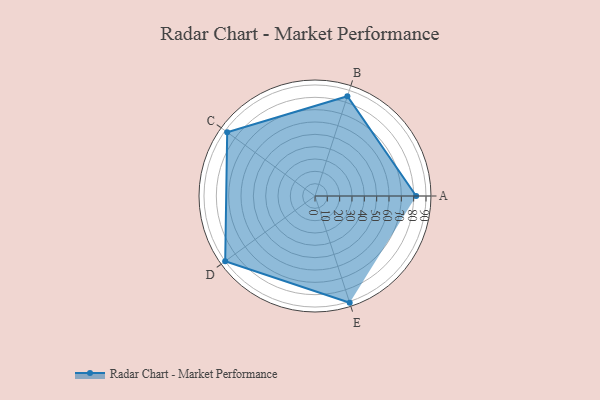
{"axis": {"x": "Skill", "y": "Score"}, "legend": ["Profile"], "data": [{"x": "A", "y": 82.0, "type": "Profile"}, {"x": "B", "y": 85.0, "type": "Profile"}, {"x": "C", "y": 88.0, "type": "Profile"}, {"x": "D", "y": 90.0, "type": "Profile"}, {"x": "E", "y": 91.0, "type": "Profile"}]}